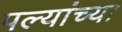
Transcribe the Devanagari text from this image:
पल्यांच्या